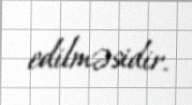
edilməsidir.